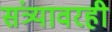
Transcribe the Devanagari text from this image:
संत्र्यावरही